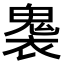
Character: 𮫟